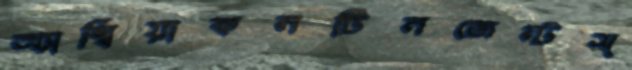
অ্যাম্বিয়াকনটিনজেন্টস্